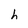
Character: h